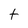
Character: t